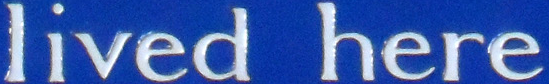
lived here